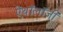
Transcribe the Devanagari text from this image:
ऐंथॉलॉजी